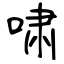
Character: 啸